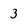
Character: 3